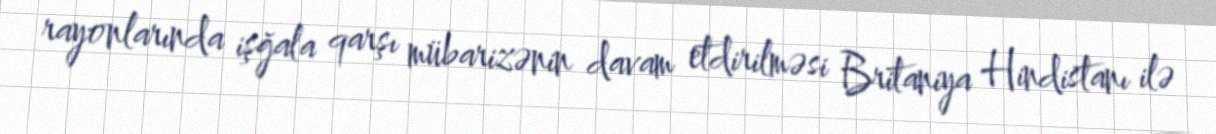
rayonlarında işğala qarşı mübarizənin davam etdirilməsi Britaniya Hindistanı ilə